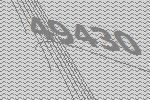
49430